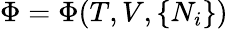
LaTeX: \Phi=\Phi(T,V,\{ N_{i}\} )